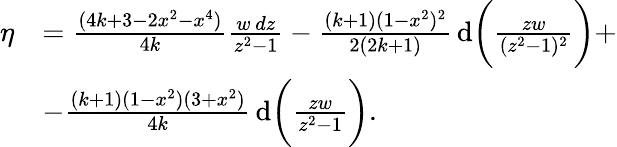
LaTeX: \begin{array}{rl}{\eta}&{=\frac{(4k+3-2x^{2}-x^{4})}{4k}\frac{w\, dz}{z^{2}-1}-\frac{(k+1)(1-x^{2})^{2}}{2(2k+1)}\, \mathrm{d}\bigg(\frac{zw}{(z^{2}-1)^{2}}\bigg)+}\\ &{-\frac{(k+1)(1-x^{2})(3+x^{2})}{4k}\, \mathrm{d}\bigg(\frac{zw}{z^{2}-1}\bigg).}\end{array}